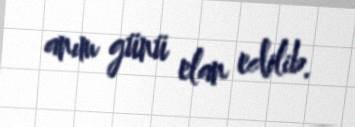
anım günü elan edilib.